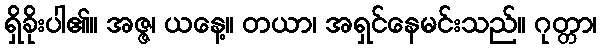
ရှိခိုးပါ၏။ အဇ္ဇ၊ ယနေ့။ တယာ၊ အရှင်နေမင်းသည်။ ဂုတ္တာ၊